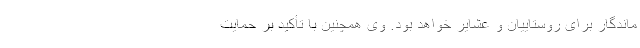
ماندگار برای روستاییان و عشایر خواهد بود. وی همچنین با تأکید بر حمایت